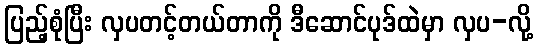
ပြည့်စုံပြီး လှပတင့်တယ်တာကို ဒီဆောင်ပုဒ်ထဲမှာ လှပ-လို့